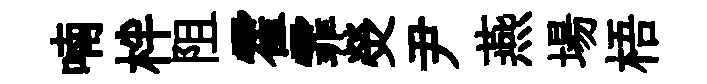
喃柈阻霍霏熒尹燕場梧